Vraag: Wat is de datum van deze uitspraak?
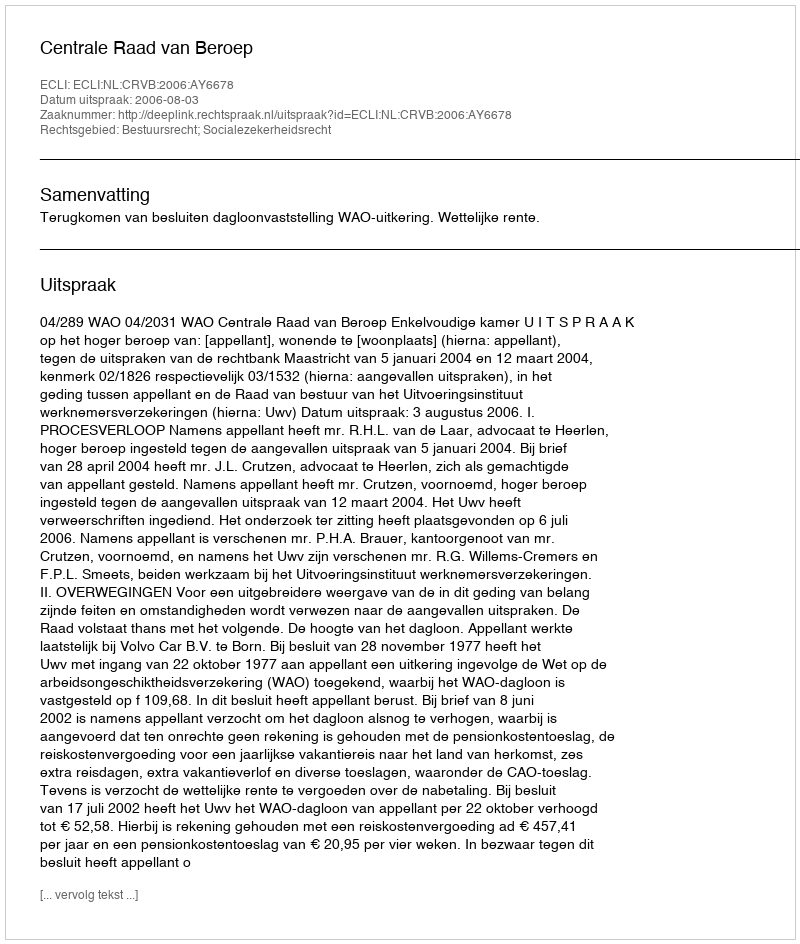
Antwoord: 2006-08-03